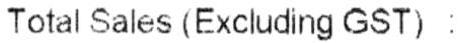
TOTAL SALES (EXCLUDING GST) :